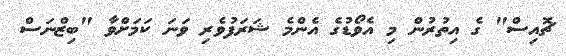
ޗޮއިސް" ގެ އިތުރުން މި އެވޯޑުގެ އެންމެ ޝަރަފުވެރި ވަނަ ކަމަށްވާ "ބިޒްނަސް